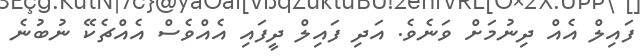
ފައިލް އެއް ދިނުމަށް ވަނެވެ. އަދި ފައިލް ދީފައި އެއްވެސް އެއްޗެކޭ ނުބުނެ